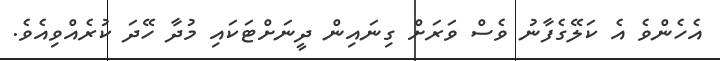
އެހެންވެ އެ ކަލޭގެފާނު ވެސް ވަރަށް ގިނައިން ދީނަށްޓަކައި މުދާ ހޭދަ ކުރެއްވިއެވެ.